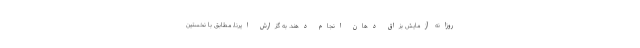
روزانه آزمایش بزاق دهان انجام دهند. به گزارش ایرنا، مطابق با نخستین